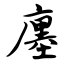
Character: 廛